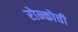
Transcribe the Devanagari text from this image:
रोन्कोची